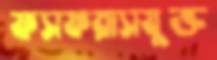
ফসফরাসযুক্ত